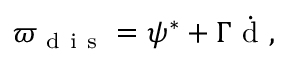
\varpi _ { \mathrm { ~ d ~ i ~ s ~ } } = \psi ^ { * } + \Gamma \dot { \mathrm { ~ d ~ } } ,